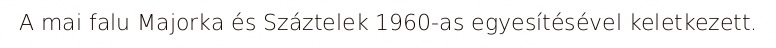
A mai falu Majorka és Száztelek 1960-as egyesítésével keletkezett.